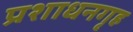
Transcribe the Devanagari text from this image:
प्रशाधनगृह